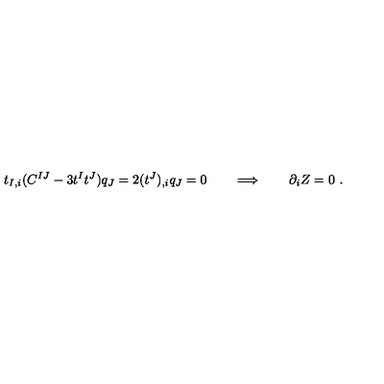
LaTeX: t _ { I , i } ( C ^ { I J } - 3 t ^ { I } t ^ { J } ) q _ { J } = 2 ( t ^ { J } ) _ { , i } q _ { J } = 0 \qquad \Longrightarrow \qquad \partial _ { i } Z = 0 \ .